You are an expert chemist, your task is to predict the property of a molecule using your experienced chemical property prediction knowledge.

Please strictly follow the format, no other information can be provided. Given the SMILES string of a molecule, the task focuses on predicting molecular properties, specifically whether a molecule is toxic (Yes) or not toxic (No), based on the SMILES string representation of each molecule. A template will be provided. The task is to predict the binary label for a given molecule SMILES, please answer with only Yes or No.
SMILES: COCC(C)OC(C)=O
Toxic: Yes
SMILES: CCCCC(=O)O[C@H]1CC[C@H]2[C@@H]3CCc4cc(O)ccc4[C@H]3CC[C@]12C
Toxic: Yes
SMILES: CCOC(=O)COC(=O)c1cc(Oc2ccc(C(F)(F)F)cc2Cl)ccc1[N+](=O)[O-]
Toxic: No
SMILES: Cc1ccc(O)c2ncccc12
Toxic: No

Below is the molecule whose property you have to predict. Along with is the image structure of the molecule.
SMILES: COS(=O)(=O)[O-]
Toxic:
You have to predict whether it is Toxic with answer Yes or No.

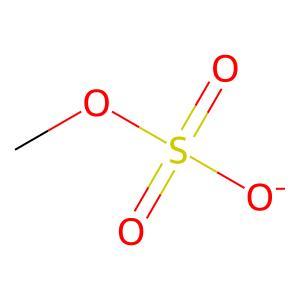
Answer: No